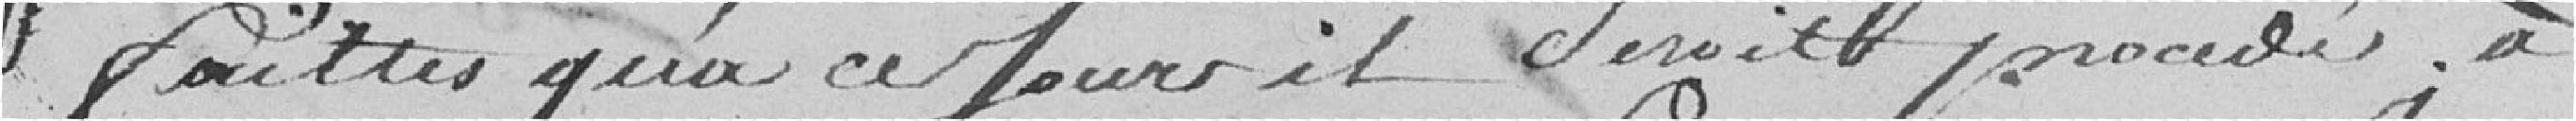
faites qu'à ce jour il serait procédé à